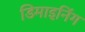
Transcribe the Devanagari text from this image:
डिमाइनिंग